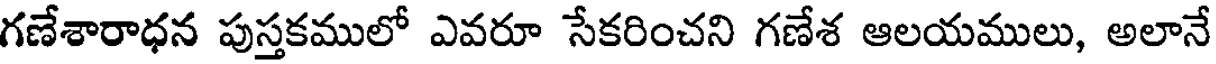
గణేశారాధన పుస్తకములో ఎవరూ సేకరించని గణేశ ఆలయములు, అలానే